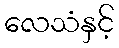
လေသံနှင့်